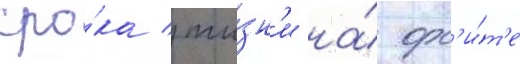
сро́ка жи́зн'и на́ орб'и́т'е